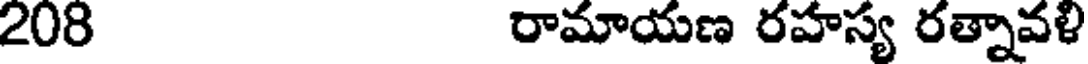
208 రామాయణ రహస్య రత్నావళి